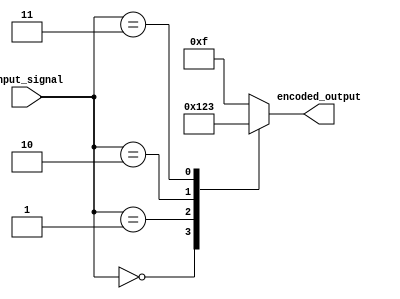
module Encoder (
    input [7:0] input_signal,
    output [3:0] encoded_output
);

    reg [3:0] encoded_data;

    always @(*) begin
        case (input_signal)
            8'b0000_0000: encoded_data = 4'b0000;
            8'b0000_0001: encoded_data = 4'b0001;
            8'b0000_0010: encoded_data = 4'b0010;
            8'b0000_0011: encoded_data = 4'b0011;
            // add more encoding cases as needed
            default: encoded_data = 4'b1111; // default encoding value
        endcase
    end

    assign encoded_output = encoded_data;

endmodule